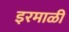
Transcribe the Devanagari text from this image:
इरमाळी